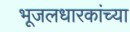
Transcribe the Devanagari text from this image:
भूजलधारकांच्या